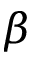
\beta